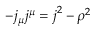
- j _ { \mu } j ^ { \mu } = \boldsymbol { j } ^ { 2 } - \rho ^ { 2 }